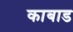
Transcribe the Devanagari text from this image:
काबाड